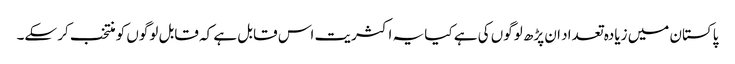
پاکستان میں زیادہ تعداد ان پڑھ لوگوں کی ہے کیا یہ اکثریت اس قابل ہے کہ قابل لوگوں کو منتخب کر سکے۔